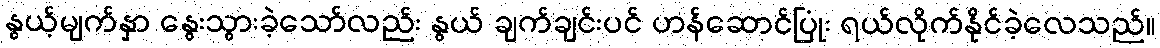
နွယ့်မျက်နှာ နွေးသွားခဲ့သော်လည်း နွယ် ချက်ချင်းပင် ဟန်ဆောင်ပြုံး ရယ်လိုက်နိုင်ခဲ့လေသည်။